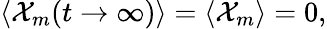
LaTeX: \left<\mathcal{X}_{m}(t\to\infty)\right>=\left<\mathcal{X}_{m}\right>=0,